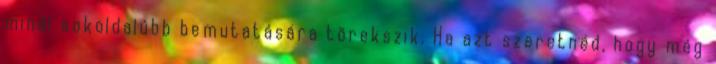
minél sokoldalúbb bemutatására törekszik. Ha azt szeretnéd, hogy még